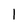
Character: l